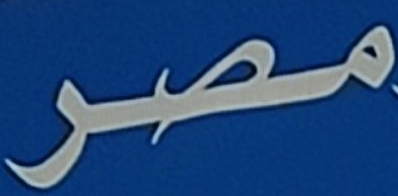
مصر